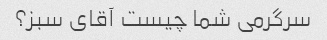
سرگرمی شما چیست آقای سبز؟